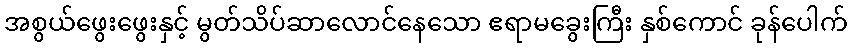
အစွယ်ဖွေးဖွေးနှင့် မွတ်သိပ်ဆာလောင်နေသော ဧရာမခွေးကြီး နှစ်ကောင် ခုန်ပေါက်